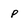
Character: p